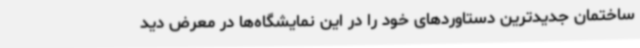
ساختمان جدیدترین دستاوردهای خود را در این نمایشگاه‌ها در معرض دید